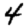
Digit: 4